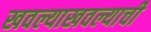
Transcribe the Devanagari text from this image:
खवल्याखवल्याची